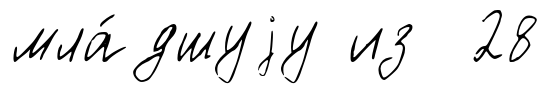
мла́дшуjу из 28